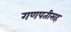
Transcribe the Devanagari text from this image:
गणपतीसह